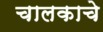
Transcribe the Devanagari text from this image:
चालकाचे